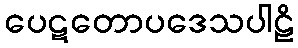
ပေဋတောပဒေသပါဠိ